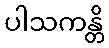
ပါသကန္တိ